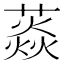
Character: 𦼐